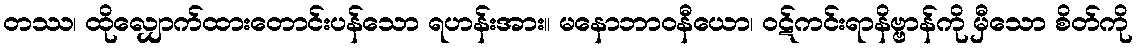
တဿ၊ ထိုလျှောက်ထားတောင်းပန်သော ရဟန်းအား။ မနောဘာဝနီယော၊ ဝဋ်ကင်းရာနိဗ္ဗာန်ကို မှီသော စိတ်ကို